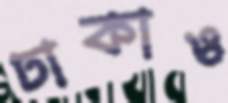
ঢাকাও